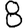
Digit: 8